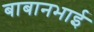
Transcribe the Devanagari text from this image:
बाबानभाई